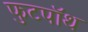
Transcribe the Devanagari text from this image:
फुटपॉथ